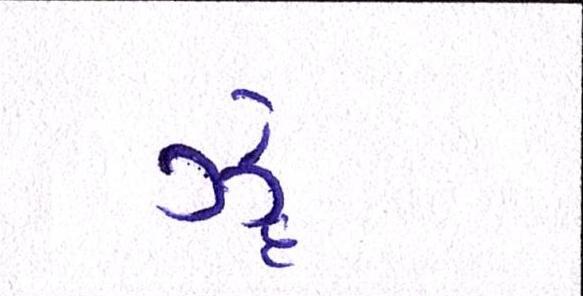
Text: ઝેૄ